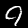
Digit: 9